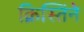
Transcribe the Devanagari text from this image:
क्रिस्तिंने